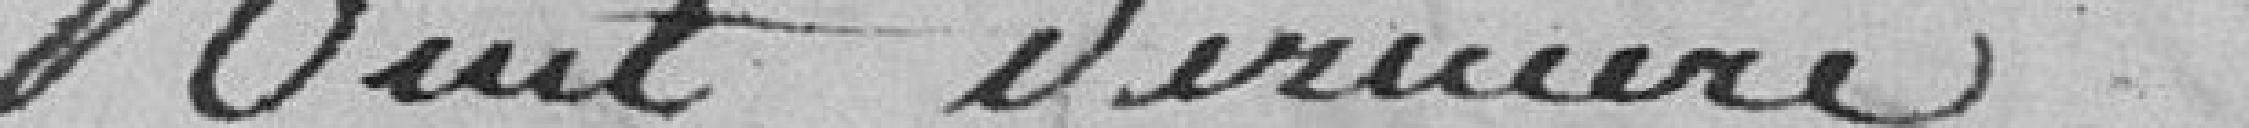
nuit dernière